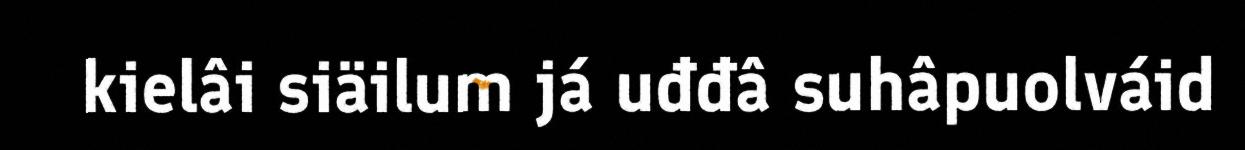
kielâi siäilum já uđđâ suhâpuolváid